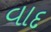
વાદ